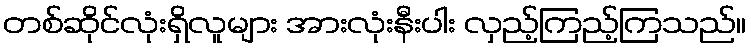
တစ်ဆိုင်လုံးရှိလူများ အားလုံးနီးပါး လှည့်ကြည့်ကြသည်။